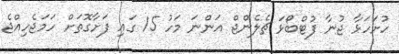
ހުށަހަޅާ ޖުނާ ފުޓްބޯޅަ ޗެލެންޖް އަންނަ މަހު 15 ގައި ފަށާގޮތަށް ހަމަޖެހިއްޖެ